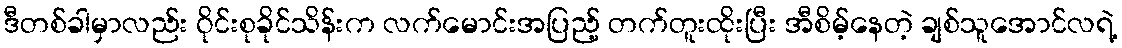
ဒီတစ်ခါမှာလည်း ဝိုင်းစုခိုင်သိန်းက လက်မောင်းအပြည့် တက်တူးထိုးပြီး အီစိမ့်နေတဲ့ ချစ်သူအောင်လရဲ့